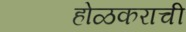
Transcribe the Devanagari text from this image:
होळकराची